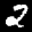
Label: 2